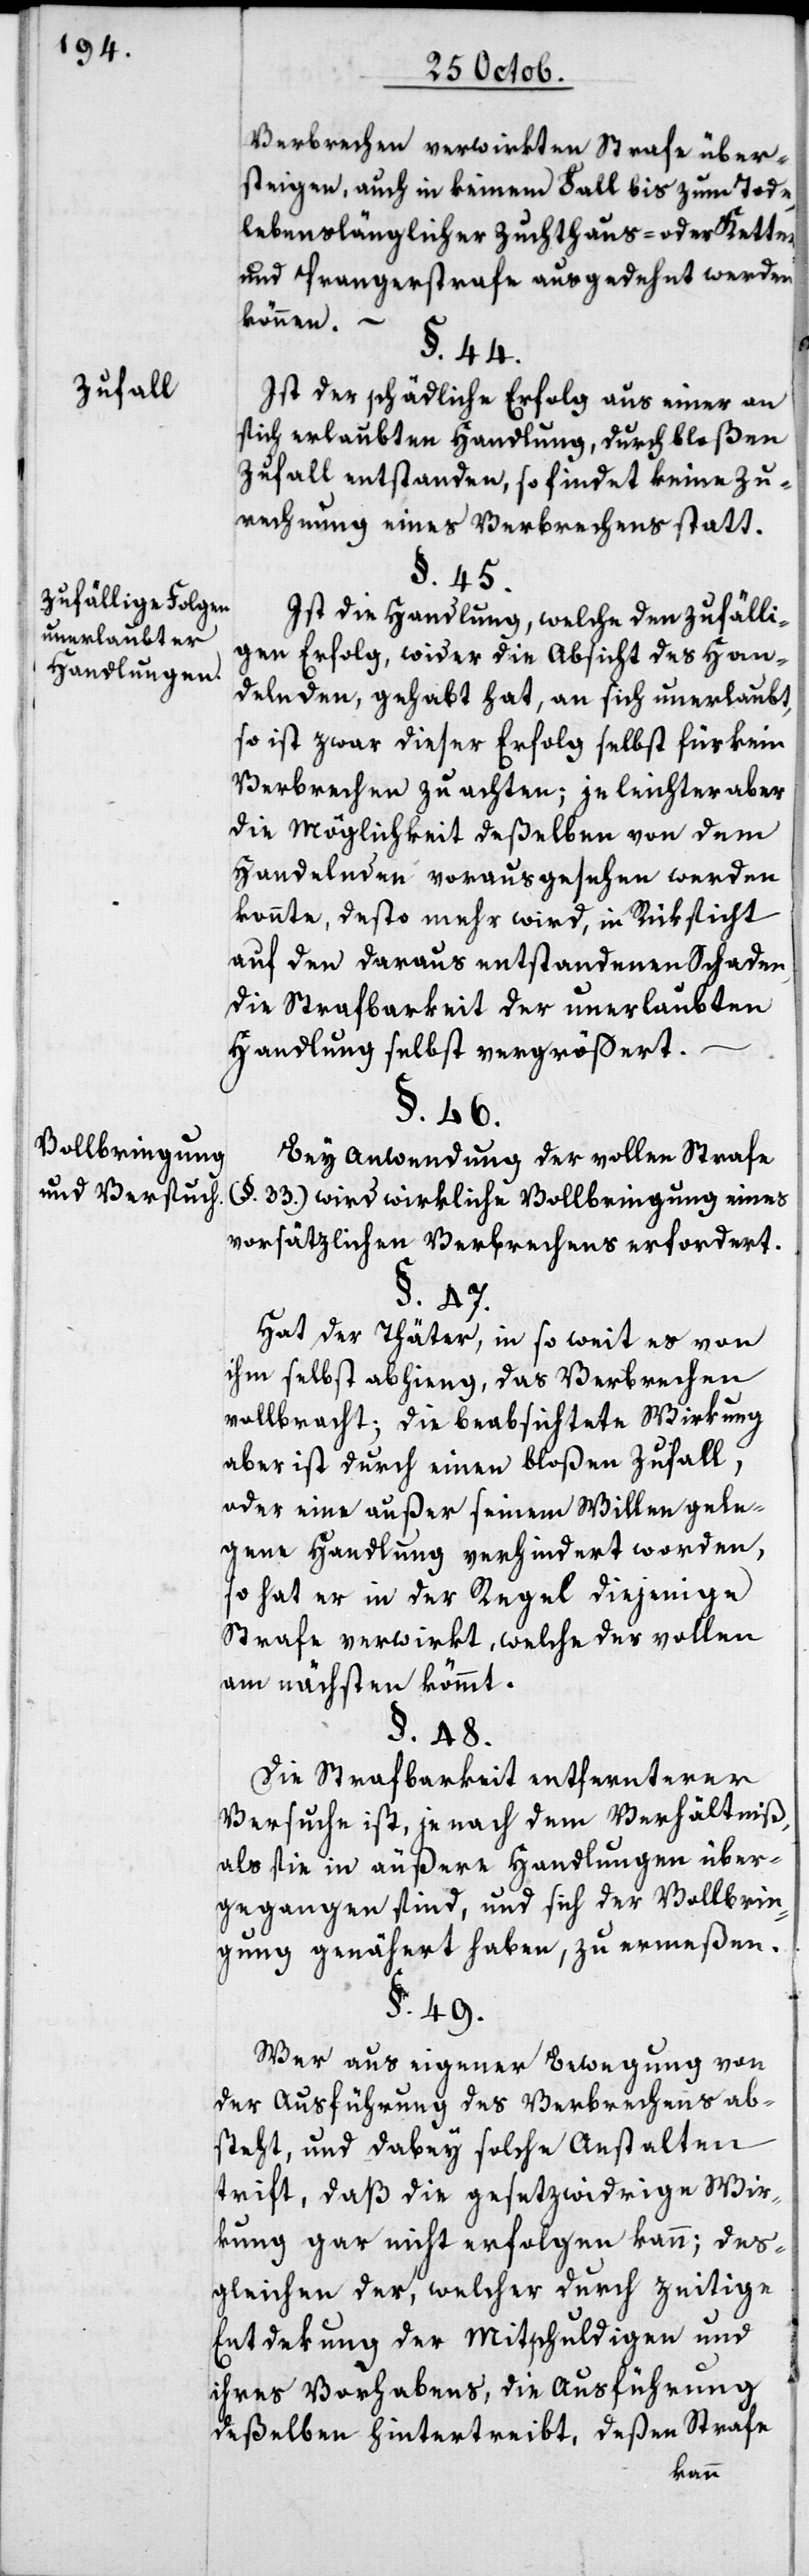
Zufall.
Zufällige Folgen
unerlaubter
Handlungen.
Vollbringung
und Versuch.

Verbrechen verwirkten Strafe über¬
steigen, auch in keinem Fall bis zum Tode,
lebenslänglicher Zuchthaus- oder Ketten-
und Prangerstrafe ausgedehnt werden
können. –
§. 44.
Ist der schädliche Erfolg aus einer an
sich erlaubten Handlung, durch bloßen
Zufall entstanden, so findet keine Zu¬
rechnung eines Verbrechens statt.
§. 45.
Ist die Handlung, welche den zufälli¬
gen Erfolg, wider die Absicht des Han¬
delnden gehabt hat, an sich unerlaubt,
so ist zwar dieser Erfolg selbst für kein
Verbrechen zu achten, je leichter aber
die Möglichkeit deßelben von dem,
Handelnden vorausgesehen werden
konnte, desto mehr wird, in Rüksicht
auf den daraus entstandenen Schaden
die Strafbarkeit der unerlaubten
Handlung selbst vergrößert.
§. 46.
Bei Anwendung der vollen Strafe
(§. 33.) wird wirkliche Vollbringung eines
vorsätzlichen Verbrechens erfordert.
§. 47.
Hat der Thäter in so weit es von
ihm selbst abhing, das Verbrechen
vollbracht; die beabsichtete Wirkung
aber ist durch einen bloßen Zufall,
oder eine außer seinem Willen gele¬
gene Handlung verhindert worden,
so hat er in der Regel diejenige
Strafe verwirkt, welche der vollen
am nächsten kömmt.
§. 48.
Die Strafbarkeit entfernterer
Versuche ist, je nach dem Verhältniß,
als sie in äußere Handlungen über¬
gegangen sind, und sich der Vollbrin¬
gung genähert haben, zu ermeßen.
§. 49.
Wer aus eigener Bewegung von
der Ausführung des Verbrechens ab¬
steht, und dabey solche Anstalten
trifft, daß die gesetzwidrige Wir¬
kung gar nicht erfolgen kann; des¬
gleichen der, welcher durch zeitige
Entdekung der Mitschuldigen und
ihres Vorhabens, die Ausführung
deßelben hintertreibt, deßen Strafe